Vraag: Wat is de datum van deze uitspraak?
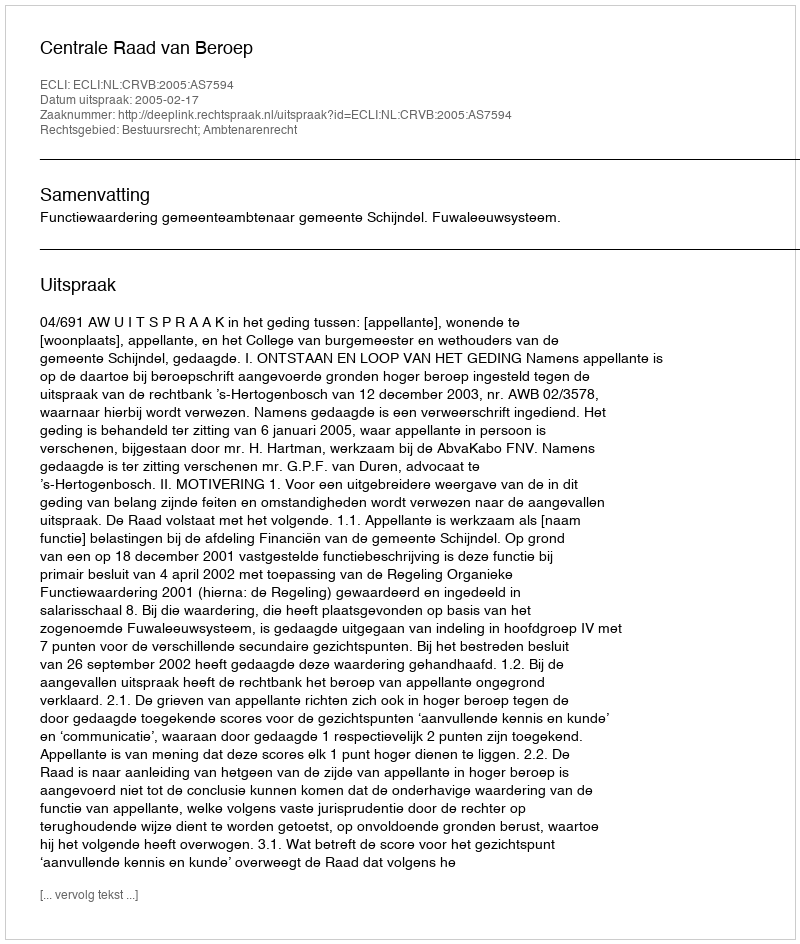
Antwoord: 2005-02-17